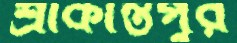
শ্রীকান্তপুর